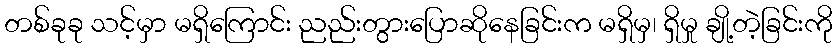
တစ်ခုခု သင့်မှာ မရှိကြောင်း ညည်းတွားပြောဆိုနေခြင်းက မရှိမှ၊ ရှိမှု ချို့တဲ့ခြင်းကို